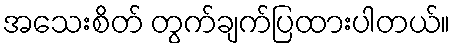
အသေးစိတ် တွက်ချက်ပြထားပါတယ်။